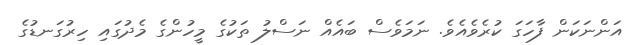
އަންނަކަން ފާހަގަ ކުރެވެއެވެ. ނަމަވެސް ބައެއް ނަސްލު ތަކުގެ މީހުންގެ މެދުގައި ހިރުގަނޑުގެ